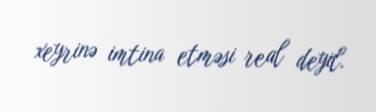
xeyrinə imtina etməsi real deyil.